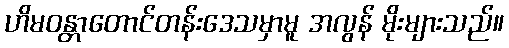
ဟိမဝန္တာတောင်တန်းဒေသမှာမူ အလွန် မိုးများသည်။